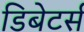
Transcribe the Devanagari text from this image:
डिबेटर्स